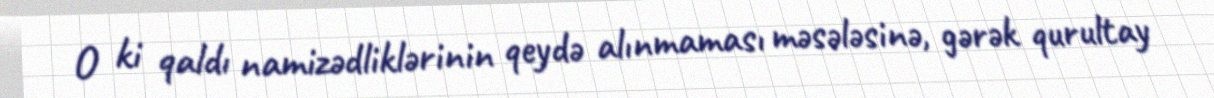
O ki qaldı namizədliklərinin qeydə alınmaması məsələsinə, gərək qurultay